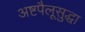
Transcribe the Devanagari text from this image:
अष्टपैलूसुद्धा